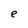
Character: e